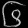
Digit: ၆